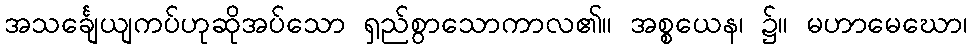
အသင်္ချေယျကပ်ဟုဆိုအပ်သော ရှည်စွာသောကာလ၏။ အစ္စယေန၊ ၌။ မဟာမေဃော၊